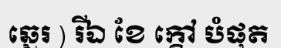
ឆ្នេរ ) រីឯ ខែ ក្តៅ បំផុត